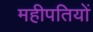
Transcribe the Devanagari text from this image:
महीपतियों